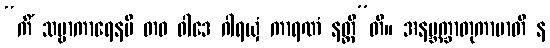
“ကိံ သဗ္ဗာကာရေနပိ တဝ ဝါဒေ ဂါရယှံ ကာရဏံ နတ္ထီ”တိ။ အနဗ္ဘက္ခာတုကာမာတိ န